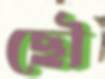
ছৌ